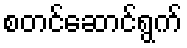
စတင်ဆောင်ရွက်